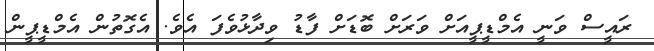
ރައީސް ވަނީ އެމްޑީޕީއަށް ވަރަށް ބޮޑަށް ފާޑު ވިދާޅުވެފަ އެވެ. އެގޮތުން އެމްޑީޕީން